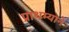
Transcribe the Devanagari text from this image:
प्राथम्याने